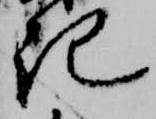
記